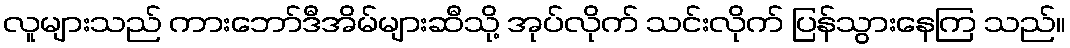
လူများသည် ကားဘော်ဒီအိမ်များဆီသို့ အုပ်လိုက် သင်းလိုက် ပြန်သွားနေကြ သည်။